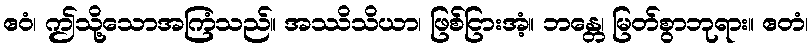
ဧဝံ၊ ဤသို့သောအကြံသည်။ အဿိသိယာ၊ ဖြစ်ငြားအံ့။ ဘန္တေ၊ မြတ်စွာဘုရား။ ဧတံ၊